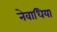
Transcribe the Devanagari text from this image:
नेवाधिया